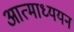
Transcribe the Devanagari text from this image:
आत्माध्ययन